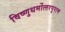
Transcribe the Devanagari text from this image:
विष्‍णुधर्मोत्‍तरपुराण